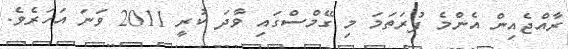
ރާއްޖެއިން އެންމެ ފުރަތަމަ މި ގޭމްސްގައި ވާދަ ކުރީ 2011 ވަނަ އަހަރެވެ.